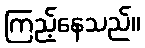
ကြည့်နေသည်။